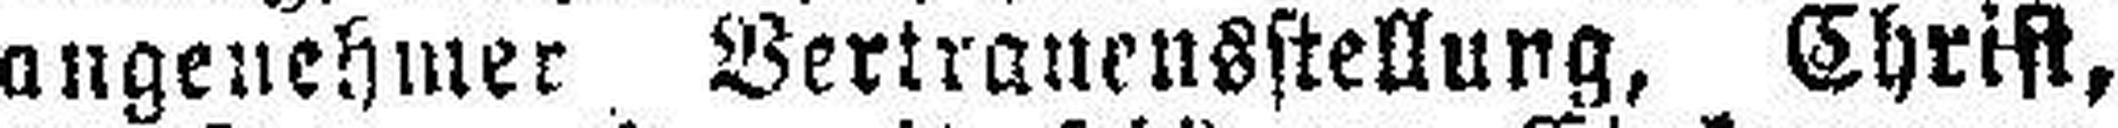
angenehmer Vertrauensstellung, Christ,